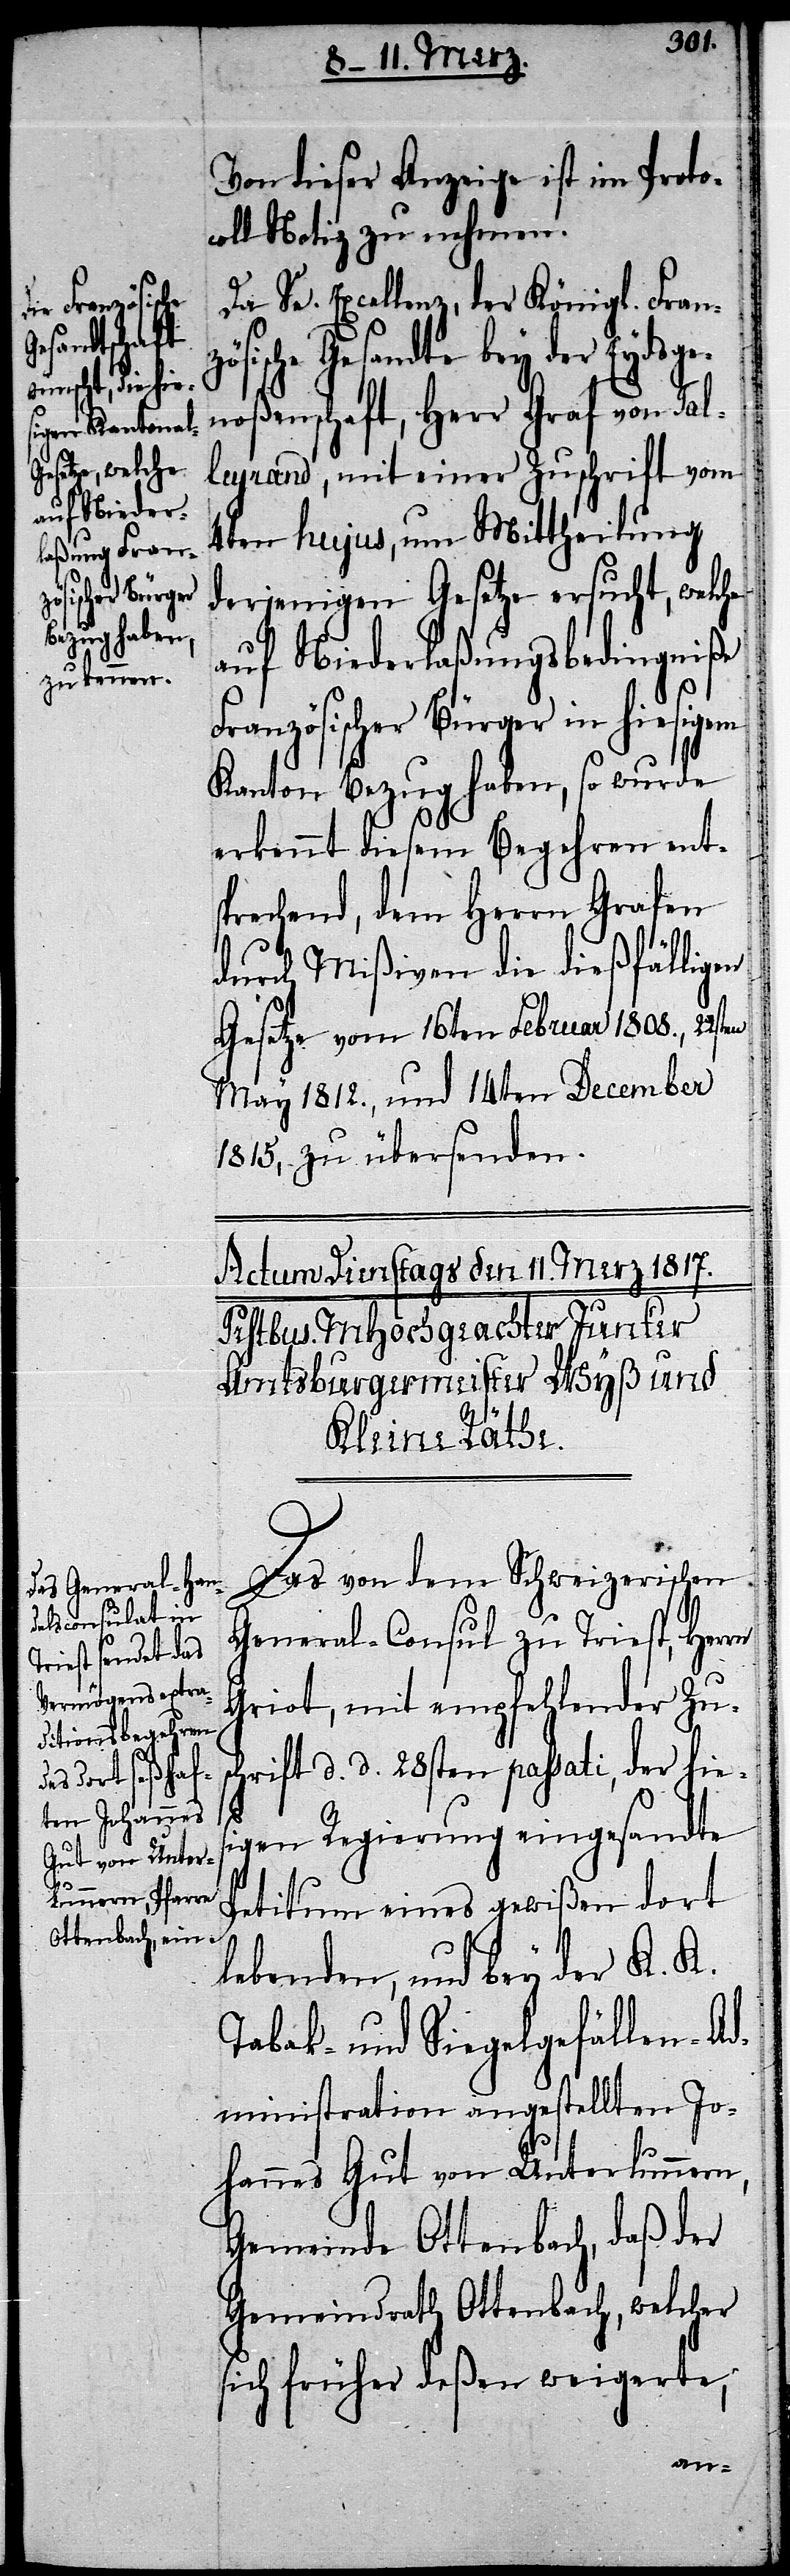
Von dieser Anzeige ist im Proto¬
coll Notiz zu nehmen.
Da Se. Excellenz, der Königl. Franz¬
sische Gesandte bey der Eydsge¬
noßenschaft, Herr Graf von Tal¬
leyrand, mit einer Zuschrift vom
4ten hujus, um Mittheilung
derjenigen Gesetze ersucht, welche
auf Niederlaßungsbedingniße
Französischer Bürger in hiesigem
Kanton Bezug haben, so wurde
erkennt diesem Begehren ents¬
prechend, dem Herrn Grafen
durch Mißiven die dießfälligen
Gesetze vom 16ten Februar 1808., 22st¬
May 1812., und 14ten December
1815, zu übersenden.
Das von dem Schweizerischen
General-Consul zu Triest, Herrn
Griot, mit empfehlender Zu¬
schrift d. d. 28sten passati, der hies¬
en
igen Regierung eingesandte
Petitum eines gewißen dort
lebenden, und bey der K. K.
Tabak- und Siegelgefällen-Ad¬
ministration angestellten Jo¬
hannes Gut von Unterlunnern,
Gemeinde Ottenbach, daß der
Gemeindrath Ottenbach, welcher
sich früher deßen weigerte,